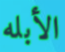
الأبله